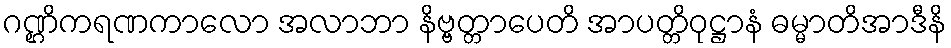
ဂဏ္ဌိကရဏကာလော အလာဘာ နိဗ္ဗတ္တာပေတိ အာပတ္တိဝုဋ္ဌာနံ ဓမ္မာတိအာဒီနိ